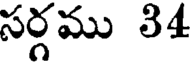
సర్గము 34